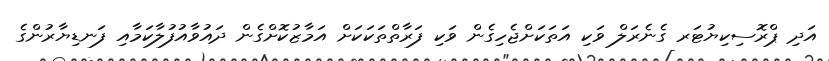
އަދި ޕްރޮސިކިޔުޓަރ ގެނެރަލް ވަކި އަތަކަށްޖެހިގެން ވަކި ފަރާތްތަކަކަށް އަމާޒުކޮށްގެން ދައުވާއުފުލާކަމާއި ފަނޑިޔާރުންގެ